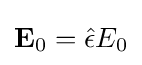
\mathbf {E} _{0}={\hat {\epsilon }}E_{0}